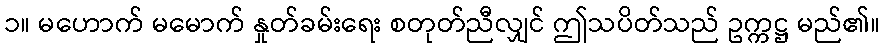
၁။ မဟောက် မမောက် နှုတ်ခမ်းရေး စတုတ်ညီလျှင် ဤသပိတ်သည် ဥက္ကဋ္ဌ မည်၏။